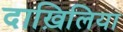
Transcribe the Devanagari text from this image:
दाख़िलिया